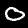
Label: 0